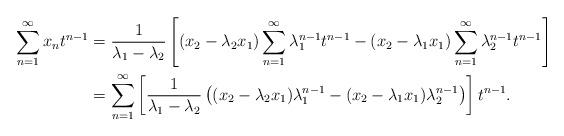
LaTeX: \begin{align*}\sum_{n=1}^{\infty}x_nt^{n-1}&=\frac{1}{\lambda_1-\lambda_2}\left[ (x_2-\lambda_2x_1)\sum_{n=1}^{\infty}\lambda_1^{n-1}t^{n-1}-(x_2-\lambda_1x_1)\sum_{n=1}^{\infty}\lambda_2^{n-1}t^{n-1}\right]\\&=\sum_{n=1}^{\infty}\left[\frac{1}{\lambda_1-\lambda_2}\left( (x_2-\lambda_2x_1)\lambda_1^{n-1}-(x_2-\lambda_1x_1)\lambda_2^{n-1}\right)\right]t^{n-1}.\end{align*}